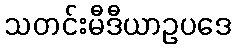
သတင်းမီဒီယာဥပဒေ